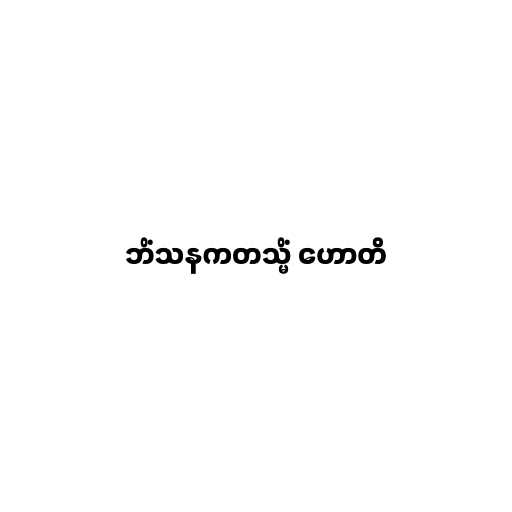
ဘိံသနကတသ္မိံ ဟောတိ